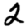
Digit: 2